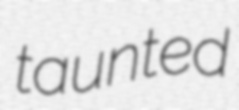
taunted